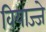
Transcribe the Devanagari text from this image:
वियाज्जे